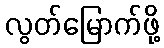
လွတ်မြောက်ဖို့